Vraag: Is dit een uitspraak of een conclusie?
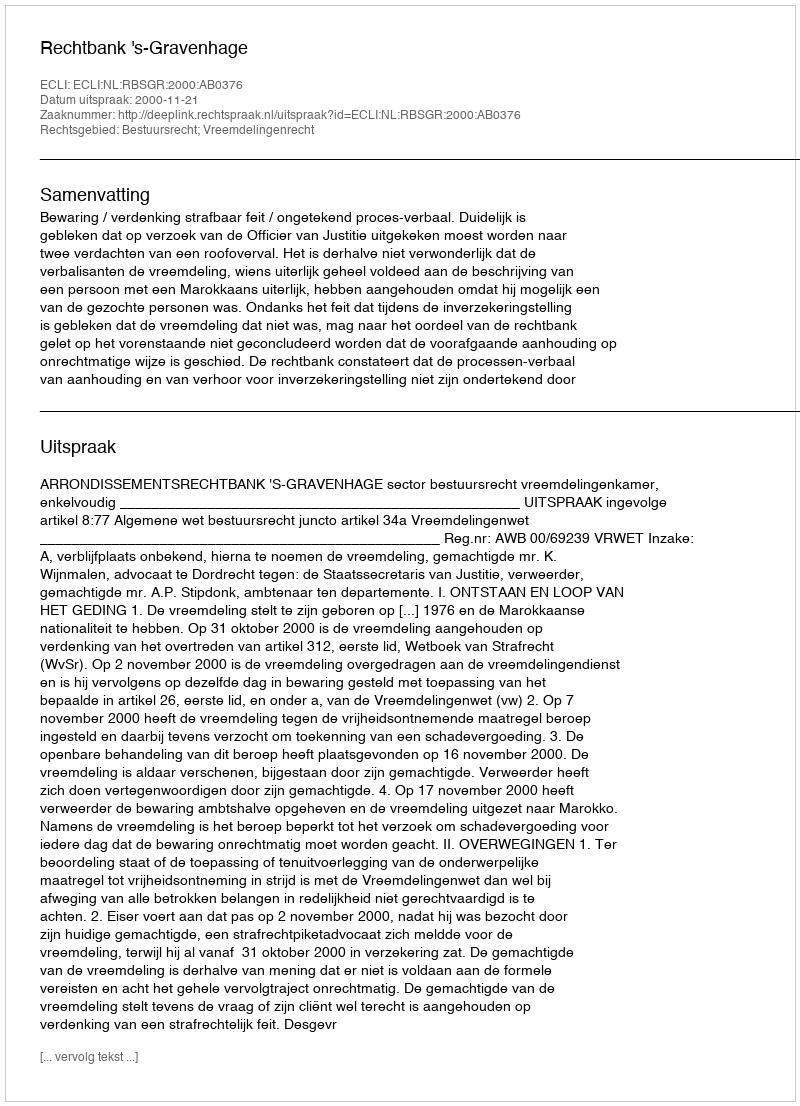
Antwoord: Uitspraak